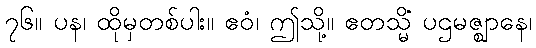
၇၆။ ပန၊ ထိုမှတစ်ပါး။ ဧဝံ၊ ဤသို့။ ဧတသ္မိံ ပဌမဇ္ဈာနေ၊